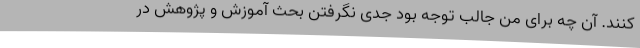
‌کنند. آن چه برای من جالب توجه بود جدی نگرفتن بحث آموزش و پژوهش در